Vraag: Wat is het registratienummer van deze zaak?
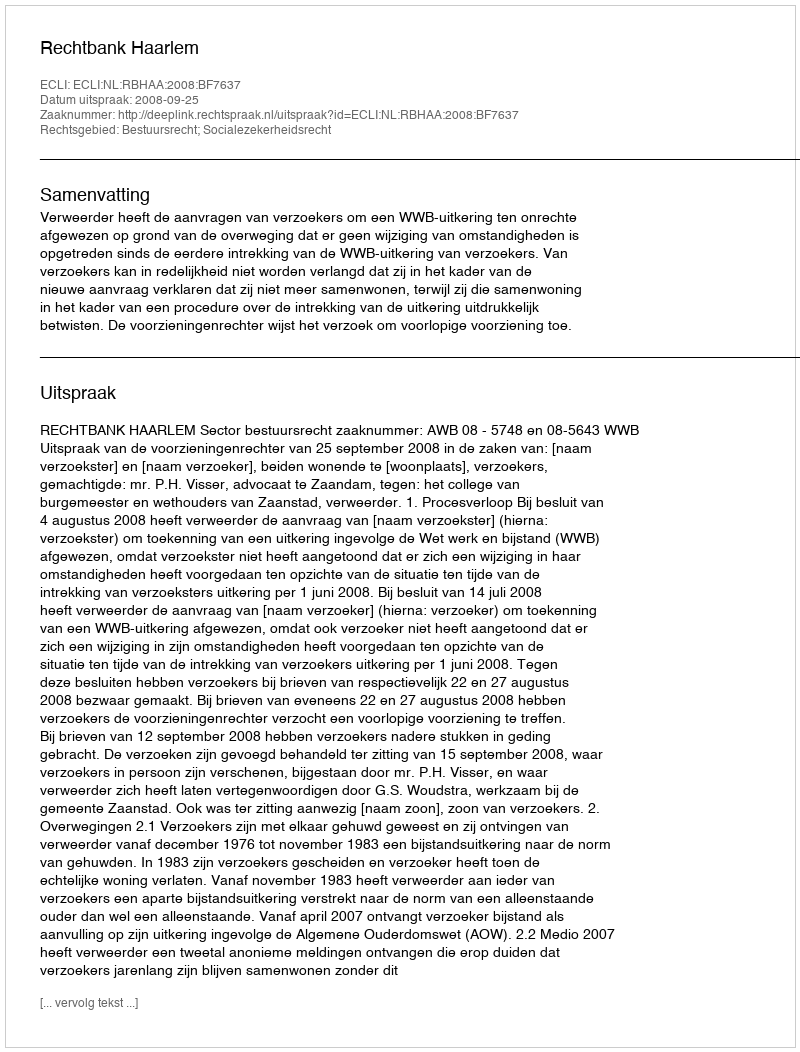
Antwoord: http://deeplink.rechtspraak.nl/uitspraak?id=ECLI:NL:RBHAA:2008:BF7637